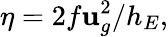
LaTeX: \eta=2f\mathbf{u}_{g}^{2}/h_{E},